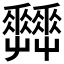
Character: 𡴬